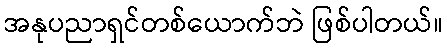
အနုပညာရှင်တစ်ယောက်ဘဲ ဖြစ်ပါတယ်။